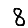
Digit: 8